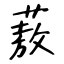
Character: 蔜